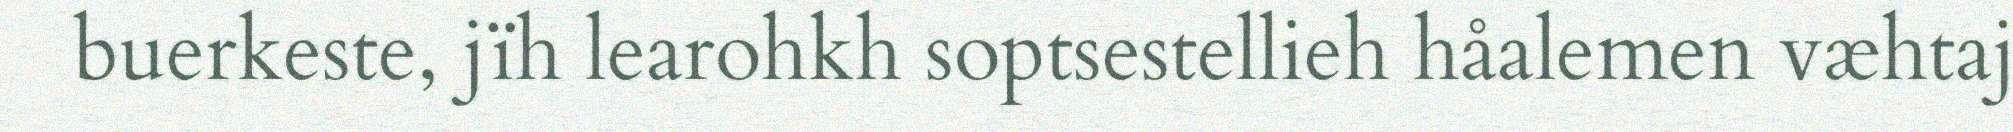
buerkeste, jïh learohkh soptsestellieh håalemen væhtaj